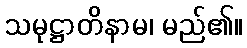
သမုဋ္ဌာတိနာမ၊ မည်၏။